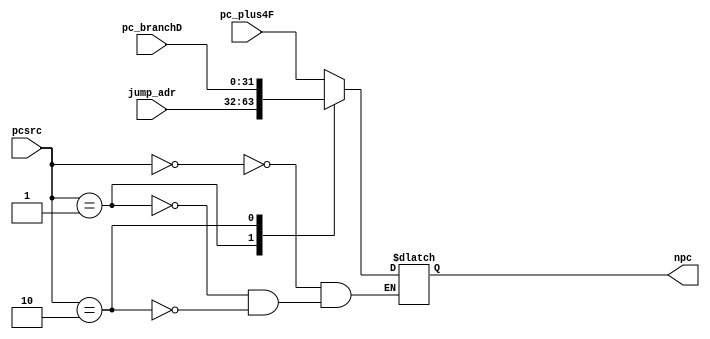
`timescale 1ns / 1ps
//////////////////////////////////////////////////////////////////////////////////
// Company: 
// Engineer: 
// 
// Design Name: 
// Module Name: NPC
// Project Name: 
// Target Devices: 
// Tool Versions: 
// Description: 
// 
// Dependencies: 
// 
// Revision:
// Revision 0.01 - File Created
// Additional Comments:
// 
//////////////////////////////////////////////////////////////////////////////////


module NPC(
    input[1:0] pcsrc,
    input[31:0] pc_plus4F,
    input[31:0] jump_adr,
    input[31:0] pc_branchD,
    output reg[31:0] npc
    );
    always @(*) begin
        case(pcsrc)
        2'b00: npc <= pc_plus4F;
        2'b01: npc <= jump_adr;
        2'b10: npc <= pc_branchD;
        
        endcase
    end
endmodule